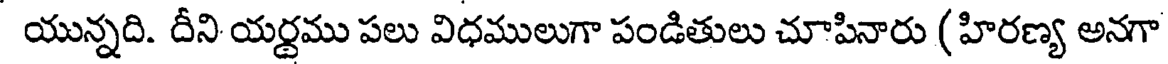
యున్నది. దీని యర్దము పలు విధములుగా పండితులు చూపినారు ( హిరణ్య అనగా